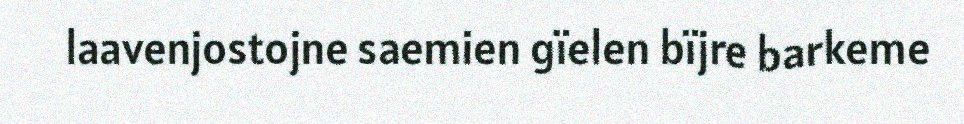
laavenjostojne saemien gïelen bïjre barkeme